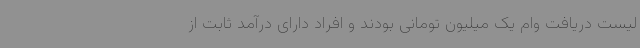
لیست دریافت وام یک میلیون تومانی بودند و افراد دارای درآمد ثابت از